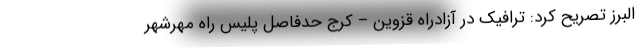
البرز تصریح کرد: ترافیک در آزادراه قزوین – کرج حدفاصل پلیس راه مهرشهر